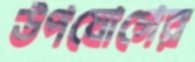
উপযোগের